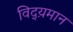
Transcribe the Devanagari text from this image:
विद्य़मान